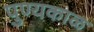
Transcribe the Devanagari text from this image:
पुण्यकाळ